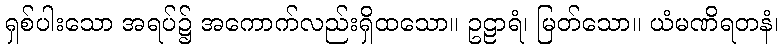
ရှစ်ပါးသော အရပ်၌ အကောက်လည်းရှိထသော။ ဥဠာရံ၊ မြတ်သော။ ယံမဏိရတနံ၊